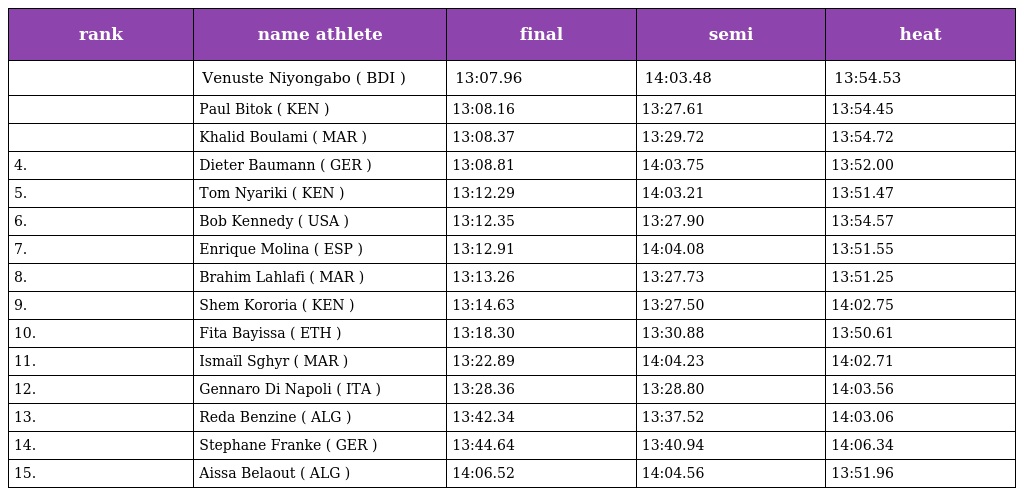
| rank | name athlete | final | semi | heat |
 | --- | --- | --- | --- | --- |
 |  | Venuste Niyongabo ( BDI ) | 13:07.96 | 14:03.48 | 13:54.53 |
 |  | Paul Bitok ( KEN ) | 13:08.16 | 13:27.61 | 13:54.45 |
 |  | Khalid Boulami ( MAR ) | 13:08.37 | 13:29.72 | 13:54.72 |
 | 4. | Dieter Baumann ( GER ) | 13:08.81 | 14:03.75 | 13:52.00 |
 | 5. | Tom Nyariki ( KEN ) | 13:12.29 | 14:03.21 | 13:51.47 |
 | 6. | Bob Kennedy ( USA ) | 13:12.35 | 13:27.90 | 13:54.57 |
 | 7. | Enrique Molina ( ESP ) | 13:12.91 | 14:04.08 | 13:51.55 |
 | 8. | Brahim Lahlafi ( MAR ) | 13:13.26 | 13:27.73 | 13:51.25 |
 | 9. | Shem Kororia ( KEN ) | 13:14.63 | 13:27.50 | 14:02.75 |
 | 10. | Fita Bayissa ( ETH ) | 13:18.30 | 13:30.88 | 13:50.61 |
 | 11. | Ismaïl Sghyr ( MAR ) | 13:22.89 | 14:04.23 | 14:02.71 |
 | 12. | Gennaro Di Napoli ( ITA ) | 13:28.36 | 13:28.80 | 14:03.56 |
 | 13. | Reda Benzine ( ALG ) | 13:42.34 | 13:37.52 | 14:03.06 |
 | 14. | Stephane Franke ( GER ) | 13:44.64 | 13:40.94 | 14:06.34 |
 | 15. | Aissa Belaout ( ALG ) | 14:06.52 | 14:04.56 | 13:51.96 |